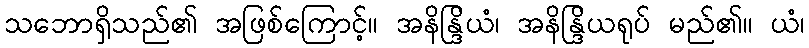
သဘောရှိသည်၏ အဖြစ်ကြောင့်။ အနိန္ဒြိယံ၊ အနိန္ဒြိယရုပ် မည်၏။ ယံ၊